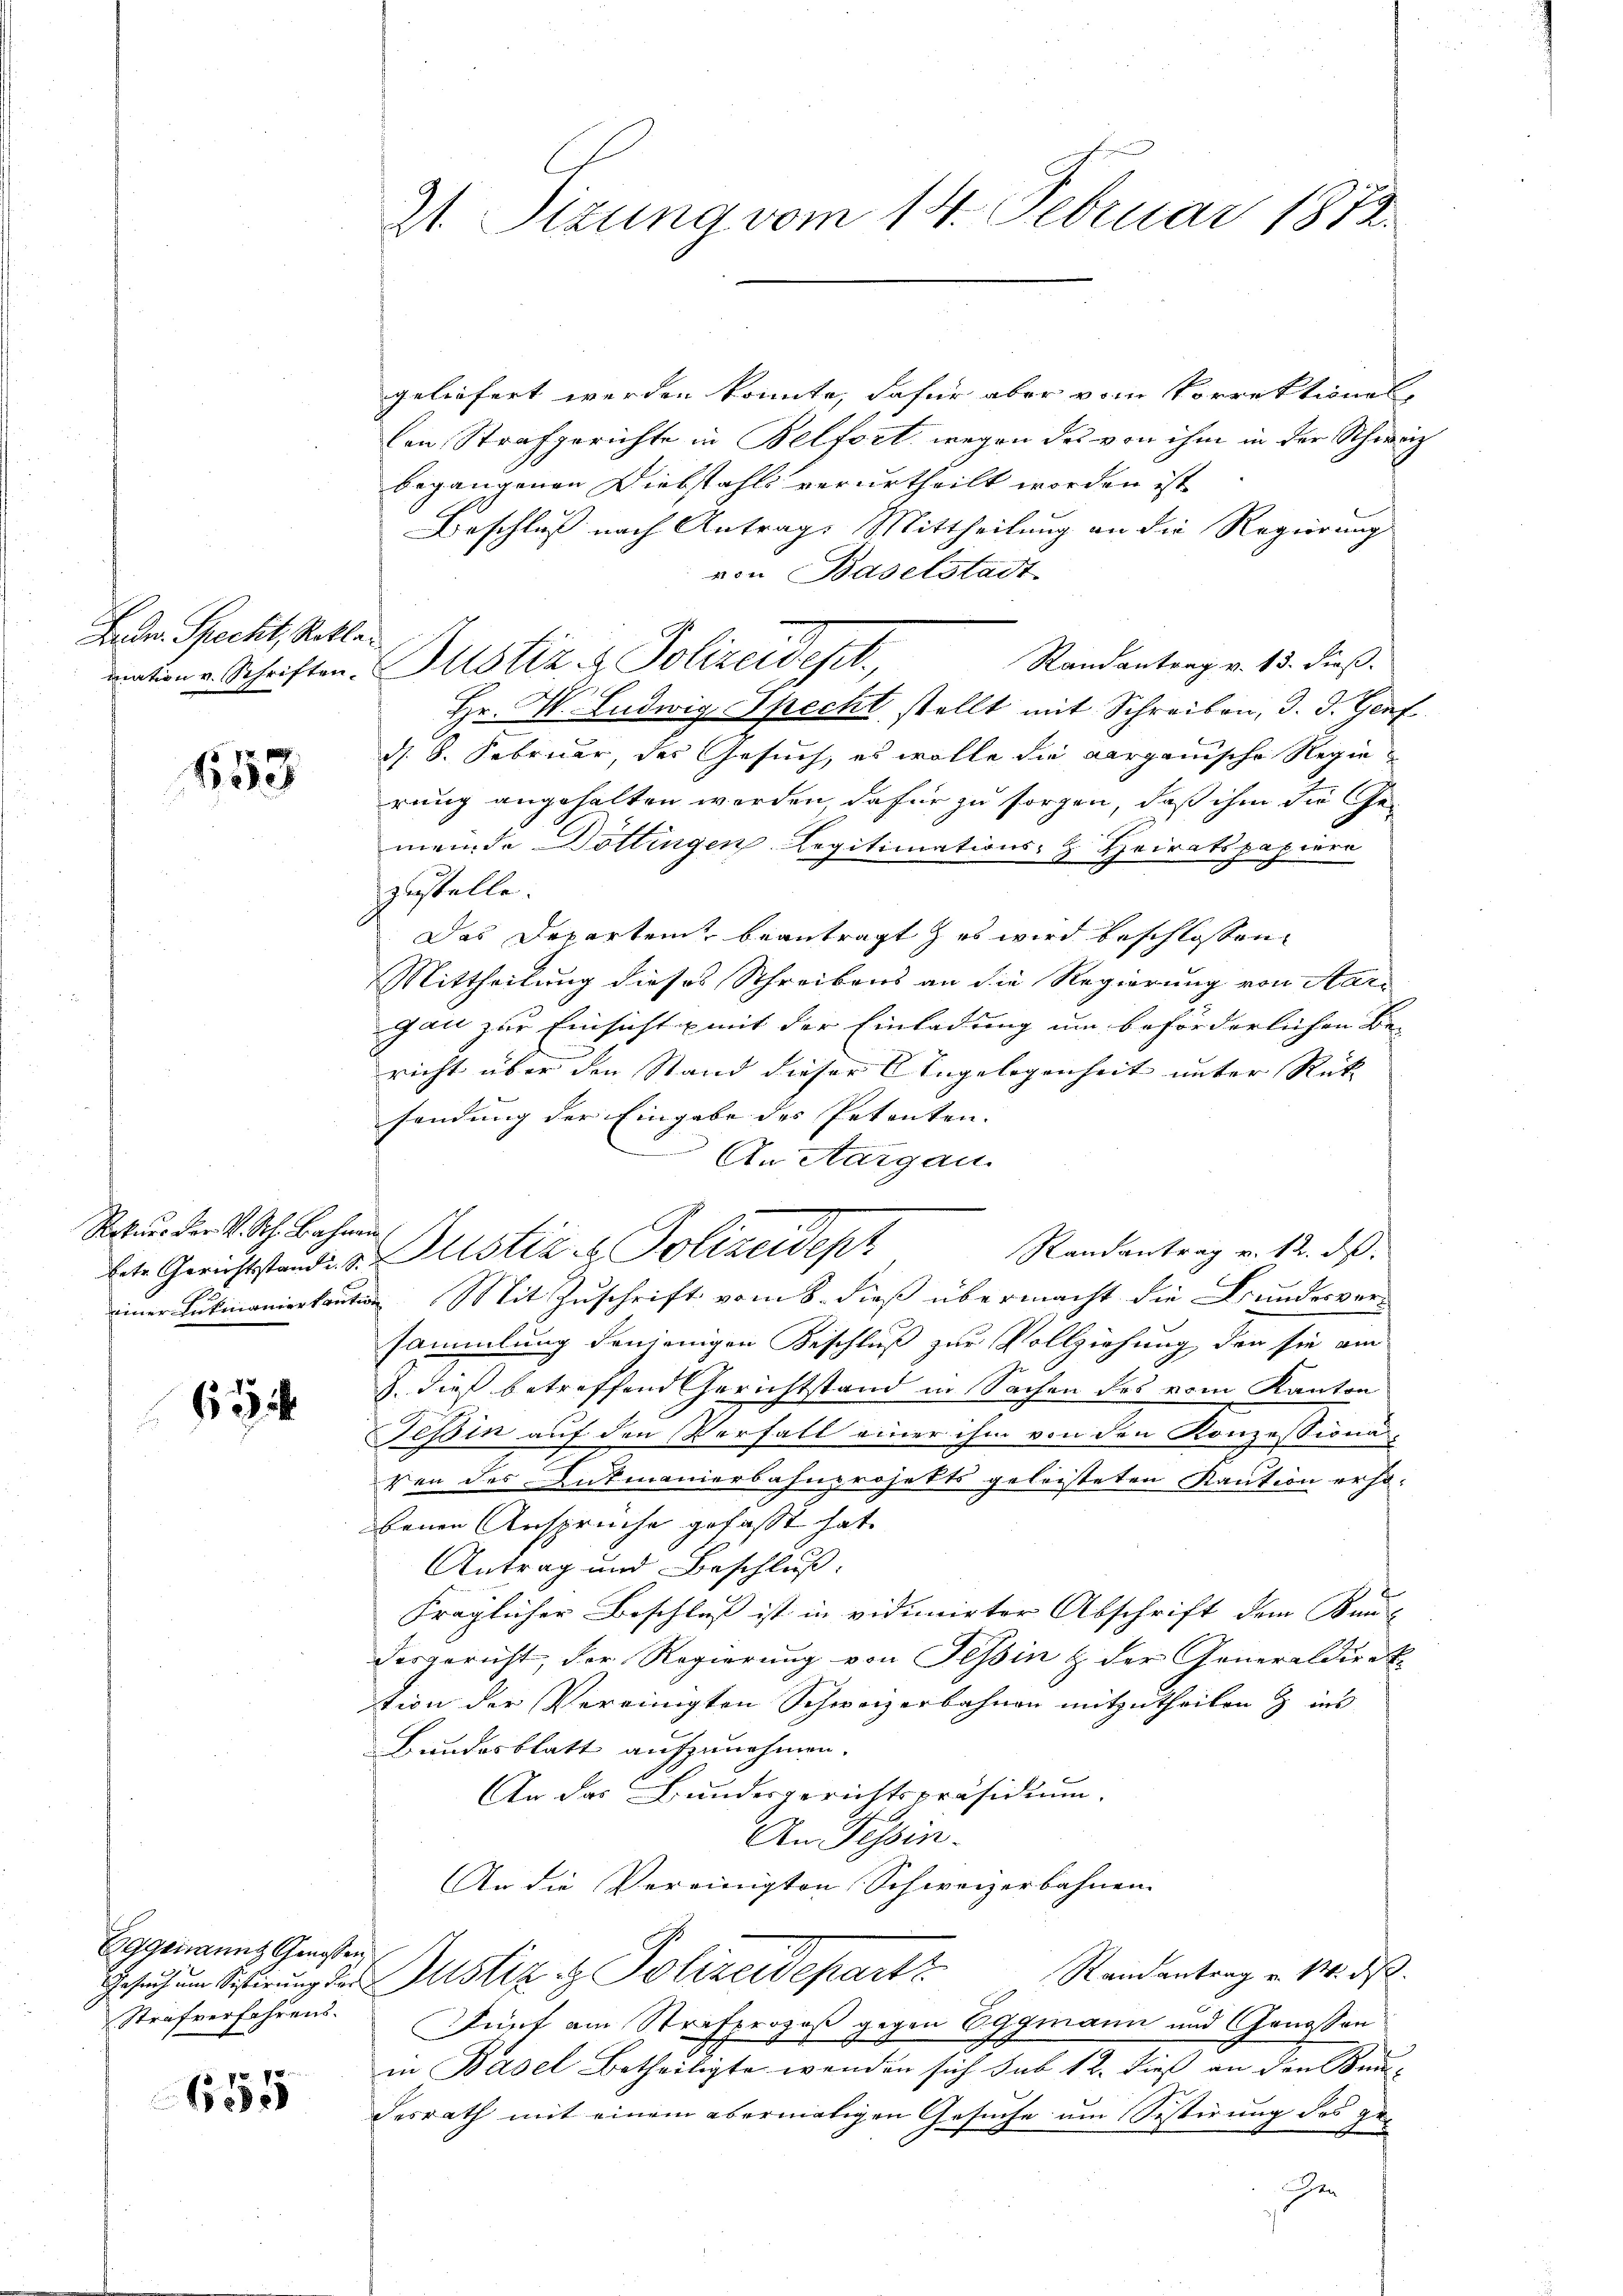
Ledr. Speckt, Rekla¬

653

Rekurs der V. Sch. Bahnen.

62

Eggenannt Genossen
Strafverfahrens.

655

21 Sizung vom 14. Februar 1872.

geliefert werden könnte, dafür aber vom Vorrektiones,
len Strafgerichte in Belfort, wegen des von ihm in der Schweiz
begangenen Diebstahls verurtheilt worden ist
Beschluß nach Antrag Mittheilung an die Regierung
von Baselstadt
Randantrag v. 13. dieß.
Hr. P. Ludwig Specht stellt mit Schreiben, d. d. Genf
d. 8. Februar, des Gesuch, es wolle die aargauische Regierung angehalten worden dafür zu sorgen, daß ihm die Ge-
meinde Dottingen Legitimations-H. Heiratspapiere
zustelle.
Das Departen beantragt, es wird beschlossen
Mittheilung dieses Schreibens an die Regierung von Aar-
gau zur Einsicht mit der Einladung um beförderlichen Be-
richt über den Stand dieser Angelegenheit unter Rück- |
sendung der Eingabe des Petenten.
An Aargau.
Randantrag v. 12. ds.
lete Gerichtstande d. Justiz, es Polizeidept
einer Lukmanierkaution Mit Zuschrift vom 8. dieß übermacht die Bundesver-
sammlung denjenigen Beschluß zur Vollziehung der sie am
J. dieß betreffend Gerichtstand in Sachen des vom Kanton
Teßin auf den Verfall einer ihm von den Konzessionen-
Von des Lukmanierbahnprojekts geleisteten Kaution erhobeim Ansprüche gefasst hat.
Antrag und Beschluß:
Fräglicher Beschluß ist in vidimirter Abschrift dem Kun- |
desgericht, der Regierung von Tessin & der Generaldirek
tion der Vereinigten Schweizerbahnen mitzutheilen & ins
Bundesblatt aufzunehmen.
An das Bundesgerichtspräsidium.
An Tessin
An die Vereinigten Schweizerbahnen.
Randantrag v. M. ds.
Gesuchen Schirung der Justiz & Polizeidepart
Fünf am Strafprozeß gegen Oggmann und Genossen
in Basel Betheiligte wenden sich sub 12. dieß an den Kum-
desrath mit einem abermaligen Gesuche um Sestirung des geen

mation v. Schriften Justiz- & Polizeidest,